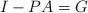
LaTeX: \begin{align*} I - PA = G\end{align*}